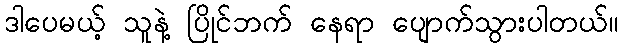
ဒါပေမယ့် သူနဲ့ ပြိုင်ဘက် နေရာ ပျောက်သွားပါတယ်။